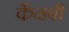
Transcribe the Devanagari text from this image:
कैनबी